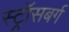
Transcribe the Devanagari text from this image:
स्ट्रॉसबर्ग